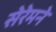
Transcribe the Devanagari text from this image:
सेरेमने